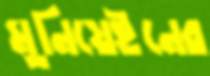
মুনিয়েইনের